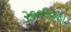
૨૦૦૧૦ના